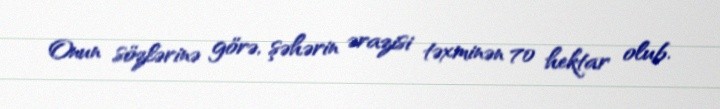
Onun sözlərinə görə, şəhərin ərazisi təxminən 70 hektar olub.